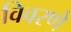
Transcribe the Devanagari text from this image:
विवरणे